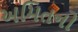
અમિતનો